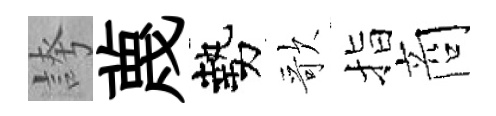
誇蔑勢歌指商